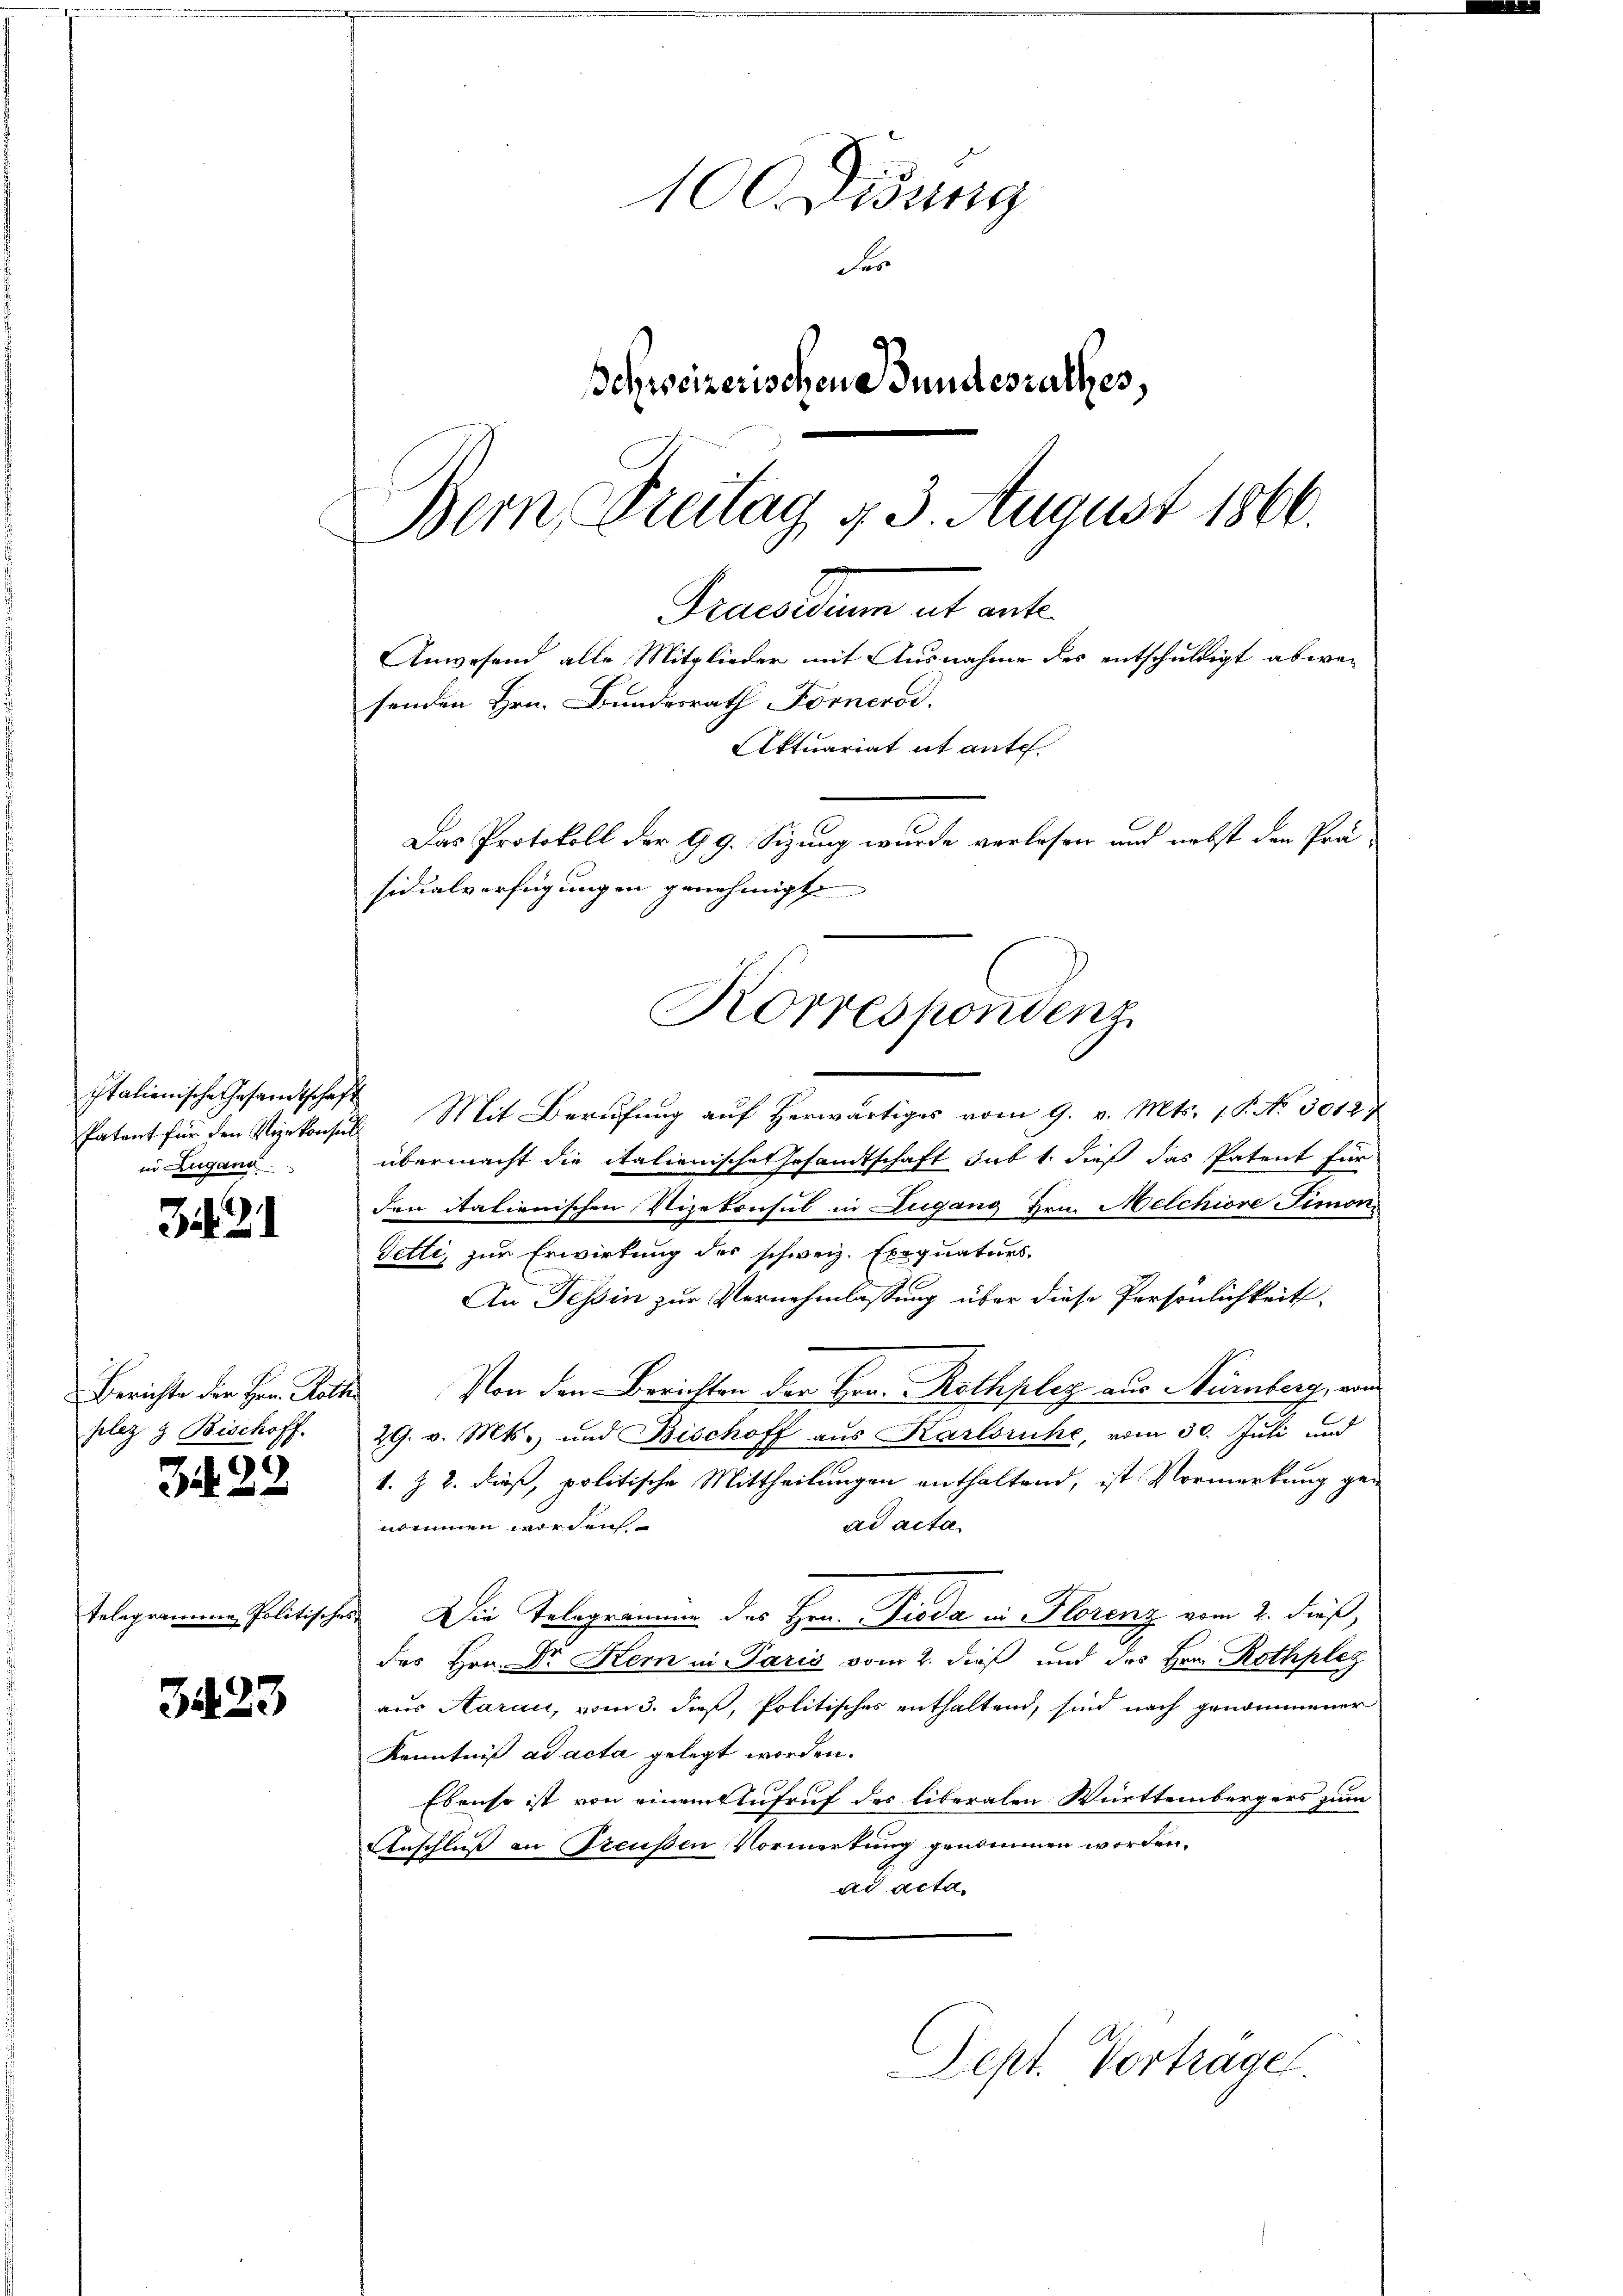
Italienische Gesandtschaft
in Lugand

321

Berichte der Herr Rath
plez . Bischoff

322

3423

100 Didung
des
schweizerischen Bundesrathes,
Bern, Freitag 43. August 1866.

senden Hrn. Bundesrath Fornerod.
sidialverfügungen genehmigt
Korrespondenz

Eatent für den Vizekonsuls Mit Berufung auf herwärtiges vom 9. v. Mts. 1. P. No 30187
übermacht die italienische Gesandtschaft sub 1. dieß das Patent für
den italienischen Vizekonsul in Lugang Hrn. Melchiore Simon
Tetti, zur Erwirkung des schweiz. Exequaturs-
An Tessin zur Vernehmlassung über diese Persönlichkeit
Von den Berichten der Hrn. Rothpleg aus Nürnberg, von
29. v. Mts. und Bischoff aus Karlsruhe, vom 30. Juli und
1. Z. 2. dieß, politische Mittheilungen enthaltend, ist Vormerkung ge-
nommen worden
ad acta
Telegrammen Politisches Die Telegramin des Hrn. Pioda in Florenz vom 2. dieß,
des Hrn. Dr Kern in Paris vom 2. dieß und des Hrn. Rothplez
aus Aarau, vom 3. dieß, Politisches enthaltend, sind nach genommener
Kenntniß ad acta gelegt worden.
Ebenso ist von einem Aufruf des liberalen Württembergers zum
Anschluß an Preußen Vormerkung genommen worden.
ad acta.
Sept. Vortrage.

Praesidium et ent¬
Anwesend alle Mitglieder mit Ausnahme des entschuldigt abwe¬
Aktuariat it ante.
Das Protokoll der 99. Sizung wurde verlesen und nebst den Prä¬